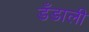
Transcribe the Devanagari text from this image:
डँडाली